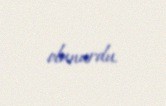
olunurdu.